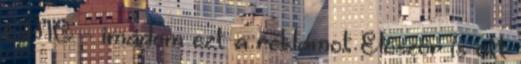
OMG - imádom ezt a reklámot Először is ott